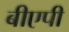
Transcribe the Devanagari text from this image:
बीएपी